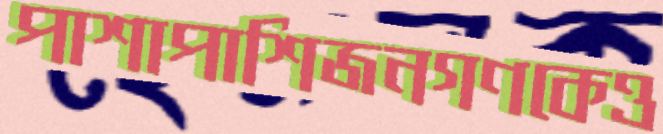
পাশাপাশিজনগণকেও